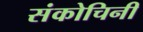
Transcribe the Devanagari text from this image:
संकोचिनी